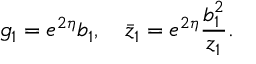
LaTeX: g _ { 1 } = e ^ { 2 \eta } b _ { 1 } , ~ ~ ~ \bar { z } _ { 1 } = e ^ { 2 \eta } \frac { b _ { 1 } ^ { 2 } } { z _ { 1 } } .